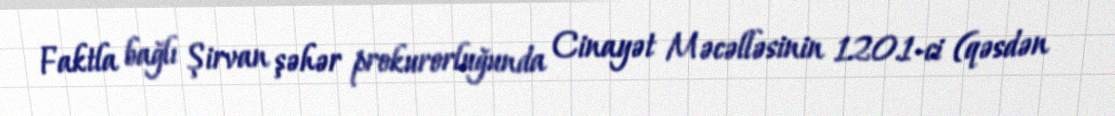
Faktla bağlı Şirvan şəhər prokurorluğunda Cinayət Məcəlləsinin 120.1-ci (qəsdən